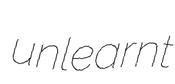
unlearnt